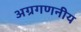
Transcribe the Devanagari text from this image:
अग्रगणनीय